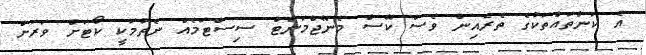
އެ ކަންތައްތަކުގެ ތެރެއިން ވެސް ކޭސް މެނޭޖްމަންޓް ސިސްޓަމެއް ނެތުމަކީ ކޯޓަށް ވަރަށް